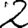
Digit: 2